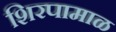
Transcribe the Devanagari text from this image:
शिरपामाळ